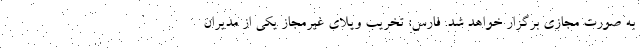
به صورت مجازی برگزار خواهد شد. فارس: تخریب ویلای غیرمجاز یکی از مدیران